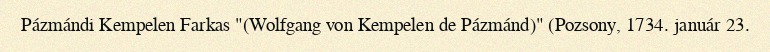
Pázmándi Kempelen Farkas "(Wolfgang von Kempelen de Pázmánd)" (Pozsony, 1734. január 23.